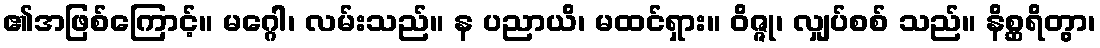
၏အဖြစ်ကြောင့်။ မဂ္ဂေါ၊ လမ်းသည်။ န ပညာယိ၊ မထင်ရှား။ ဝိဇ္ဇု၊ လျှပ်စစ် သည်။ နိစ္ဆရိတွာ၊